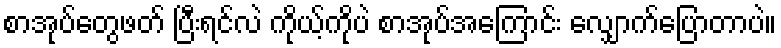
စာအုပ်တွေဖတ် ပြီးရင်လဲ ကိုယ့်ကိုပဲ စာအုပ်အကြောင်း လျှောက်ပြောတာပဲ။